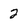
Character: 2